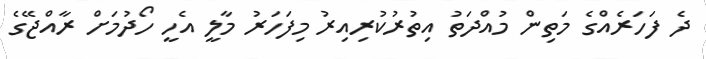
ދެ ފަހަރެއްގެ މަތިން މުއްދަތު އިތުރުކުރިއިރު މިފަހަރު މާލީ އެހީ ހޯދުމަށް ރާއްޖޭގެ